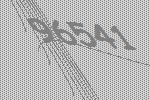
96541